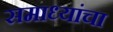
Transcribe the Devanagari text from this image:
समाध्यांचा